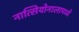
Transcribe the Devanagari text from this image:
नात्सियोनालामध्ये